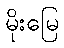
မိုးမြေ